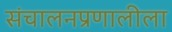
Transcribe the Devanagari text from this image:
संचालनप्रणालीला